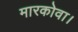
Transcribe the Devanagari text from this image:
मारकोवा।